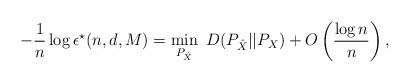
LaTeX: \begin{align*}-\frac{1}{n}\log \epsilon^\star (n, d, M) = \min_{P_{\hat{X}}}~D( P_{\hat{X}} || P_{X}) + O\left(\frac{\log n}{n}\right), \end{align*}